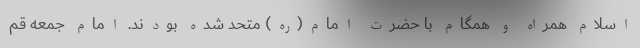
اسلام همراه و همگام با حضرت امام(ره) متحد شده بودند. امام جمعه قم